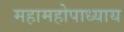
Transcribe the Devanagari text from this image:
महामहोपाध्‍याय